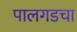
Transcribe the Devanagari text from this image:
पालगडचा